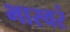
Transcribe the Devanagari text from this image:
भास्वरं